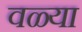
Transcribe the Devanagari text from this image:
वळ्या